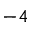
- 4